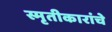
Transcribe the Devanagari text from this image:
स्मृतीकारांचे